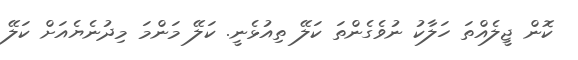
ކޮން ޖީލެއްތަ ހަލާކު ނުވެގެންތަ ކަލޭ ތިއުޅެނީ. ކަލޭ މަންމަ މިދުނެޔެއަށް ކަލޭ